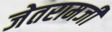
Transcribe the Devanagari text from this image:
जेतरामजी